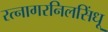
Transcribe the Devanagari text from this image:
रत्नागरनिलसिंधू